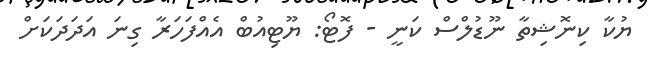
ޔުކާ ކިނޮޝިތާ ނޫޑުލްސް ކަނީ - ފޮޓޯ: ޔޫޓިއުބް އެއްފަހަރާ ގިނަ އަދަދަކަށް